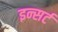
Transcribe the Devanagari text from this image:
इन्सर्ट